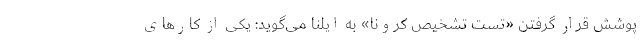
پوشش قرار گرفتن «تست تشخیص کرونا» به ایلنا می‌گوید: یکی از کارهای